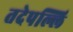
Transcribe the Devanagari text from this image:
तदेपल्लि